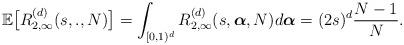
LaTeX: \begin{align*} \mathbb{E}\big[R_{2,\infty}^{(d)}(s,.,N)\big]=\displaystyle\int_{[0,1)^d}R_{2,\infty}^{(d)}(s,\boldsymbol{\alpha},N)d\boldsymbol{\alpha}=(2s)^d\frac{N-1}{N}. \end{align*}